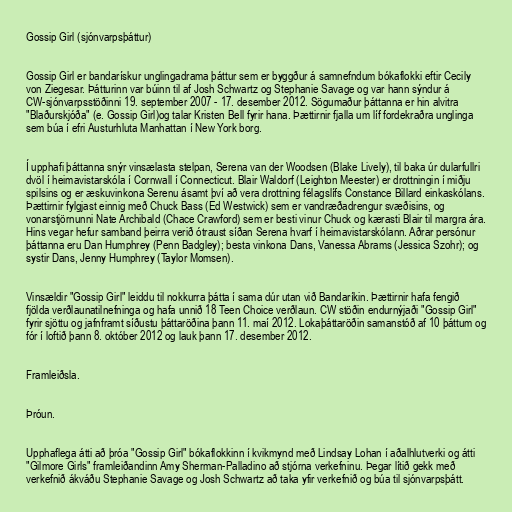
Gossip Girl (sjónvarpsþáttur)

Gossip Girl er bandarískur unglingadrama þáttur sem er byggður á samnefndum bókaflokki eftir Cecily
von Ziegesar. Þátturinn var búinn til af Josh Schwartz og Stephanie Savage og var hann sýndur á
CW-sjónvarpsstöðinni 19. september 2007 - 17. desember 2012. Sögumaður þáttanna er hin alvitra
"Blaðurskjóða" (e. Gossip Girl)og talar Kristen Bell fyrir hana. Þættirnir fjalla um líf fordekraðra unglinga
sem búa í efri Austurhluta Manhattan í New York borg.

Í upphafi þáttanna snýr vinsælasta stelpan, Serena van der Woodsen (Blake Lively), til baka úr dularfullri
dvöl í heimavistarskóla í Cornwall í Connecticut. Blair Waldorf (Leighton Meester) er drottningin í miðju
spilsins og er æskuvinkona Serenu ásamt því að vera drottning félagslífs Constance Billard einkaskólans.
Þættirnir fylgjast einnig með Chuck Bass (Ed Westwick) sem er vandræðadrengur svæðisins, og
vonarstjörnunni Nate Archibald (Chace Crawford) sem er besti vinur Chuck og kærasti Blair til margra ára.
Hins vegar hefur samband þeirra verið ótraust síðan Serena hvarf í heimavistarskólann. Aðrar persónur
þáttanna eru Dan Humphrey (Penn Badgley); besta vinkona Dans, Vanessa Abrams (Jessica Szohr); og
systir Dans, Jenny Humphrey (Taylor Momsen).

Vinsældir "Gossip Girl" leiddu til nokkurra þátta í sama dúr utan við Bandaríkin. Þættirnir hafa fengið
fjölda verðlaunatilnefninga og hafa unnið 18 Teen Choice verðlaun. CW stöðin endurnýjaði "Gossip Girl"
fyrir sjöttu og jafnframt síðustu þáttaröðina þann 11. maí 2012. Lokaþáttaröðin samanstóð af 10 þáttum og
fór í loftið þann 8. október 2012 og lauk þann 17. desember 2012.

Framleiðsla.

Þróun.

Upphaflega átti að þróa "Gossip Girl" bókaflokkinn í kvikmynd með Lindsay Lohan í aðalhlutverki og átti
"Gilmore Girls" framleiðandinn Amy Sherman-Palladino að stjórna verkefninu. Þegar lítið gekk með
verkefnið ákváðu Stephanie Savage og Josh Schwartz að taka yfir verkefnið og búa til sjónvarpsþátt.